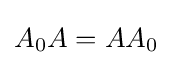
A_{0}A=AA_{0}